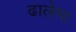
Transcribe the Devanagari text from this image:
ढालेगा